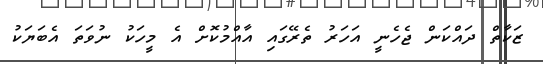
ޒަކާތް ދައްކަން ޖެހެނީ އަހަރު ތެރޭގައި އާއްމުކޮށް އެ މީހަކު ނުވަތަ އެބަޔަކު